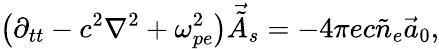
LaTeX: \left(\partial_{tt}-c^{2}\nabla^{2}+\omega_{pe}^{2}\right)\vec{\tilde{A}}_{s}=-4\pi ec\tilde{n}_{e}\vec{a}_{0},